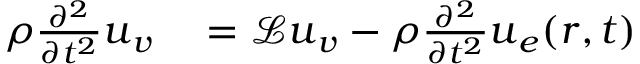
\begin{array} { r l } { \rho \frac { \partial ^ { 2 } } { \partial t ^ { 2 } } \boldsymbol { u } _ { \boldsymbol { v } } } & { { } = \mathcal { L } \boldsymbol { u } _ { \boldsymbol { v } } - \rho \frac { \partial ^ { 2 } } { \partial t ^ { 2 } } \boldsymbol { u } _ { \boldsymbol { e } } ( \boldsymbol { r } , t ) } \end{array}